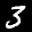
Label: 3